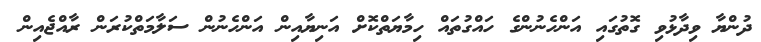
ދުންޔާ ވިދާޅުވި ގޮތުގައި އަންހެނުންގެ ހައްގުތައް ހިމާޔަތްކޮށް އަނިޔާއިން އަންހެނުން ސަލާމަތްކުރަން ރާއްޖެއިން